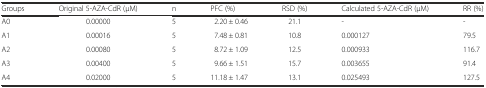
<table><thead><tr><td><b>Groups</b></td><td><b>Original 5-AZA-CdR (μM)</b></td><td><b>n</b></td><td><b>PFC (%)</b></td><td><b>RSD (%)</b></td><td><b>Calculated 5-AZA-CdR (μM)</b></td><td><b>RR (%)</b></td></tr></thead><tbody><tr><td>A0</td><td>0.00000</td><td>5</td><td>2.20 ± 0.46</td><td>21.1</td><td>-</td><td>-</td></tr><tr><td>A1</td><td>0.00016</td><td>5</td><td>7.48 ± 0.81</td><td>10.8</td><td>0.000127</td><td>79.5</td></tr><tr><td>A2</td><td>0.00080</td><td>5</td><td>8.72 ± 1.09</td><td>12.5</td><td>0.000933</td><td>116.7</td></tr><tr><td>A3</td><td>0.00400</td><td>5</td><td>9.66 ± 1.51</td><td>15.7</td><td>0.003655</td><td>91.4</td></tr><tr><td>A4</td><td>0.02000</td><td>5</td><td>11.18 ± 1.47</td><td>13.1</td><td>0.025493</td><td>127.5</td></tr></tbody></table>